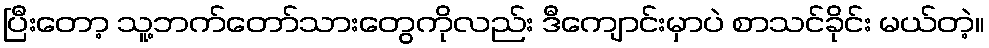
ပြီးတော့ သူ့ဘက်တော်သားတွေကိုလည်း ဒီကျောင်းမှာပဲ စာသင်ခိုင်း မယ်တဲ့။